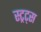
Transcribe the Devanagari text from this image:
स्ट्रट्स